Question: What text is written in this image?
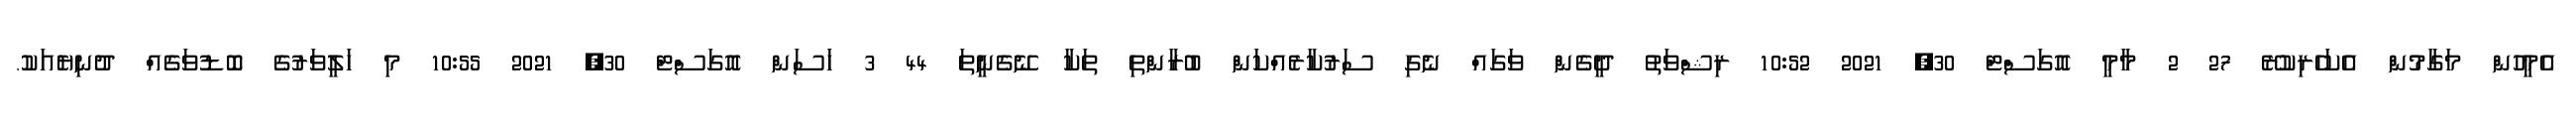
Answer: އެމީހުން މަގާމުން އެކަހެރިކުރޭ 27 2 މާމީ އޮގަސްޓް 30, 2021 10:52 ރިޝްވަތު ދީގެން ވަގައް ނެގި ސަރުކާރެއްކަން ބުރާންތި ތަކާ ނޭގެނީތަ 44 3 ހަސަން އޮގަސްޓް 30, 2021 10:55 މި ހަލީވަރުގެ ބޮޑުވަގެއް ދުނިޔެއަކު.